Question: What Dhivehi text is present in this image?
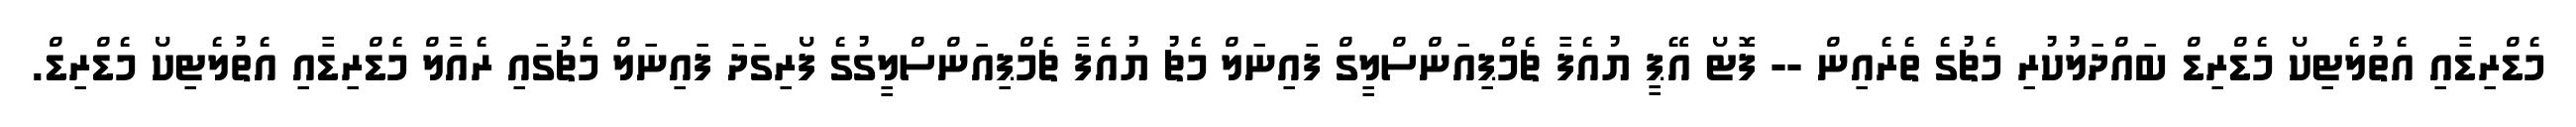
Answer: މެޑްރިޑާއި އެތުލެޓިކޯ މެޑްރިޑް ބައްދަލުކުރި މެޗުގެ ތެރެއިން -- ފޮޓޯ އޭޕީ ޔުއެފާ ޗެމްޕިއަންސްލީގް ފައިނަލް މެޗު ޔުއެފާ ޗެމްޕިއަންސްލީގުގެ ފޯރިގަދަ ފައިނަލް މެޗުގައި ރެއާލް މެޑްރިޑާއި އެތުލެޓިކޯ މެޑްރިޑް.